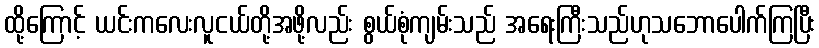
ထို့ကြောင့် ယင်းကလေးလူငယ်တို့အဖို့လည်း စွယ်စုံကျမ်းသည် အရေးကြီးသည်ဟုသဘောပေါက်ကြပြီး